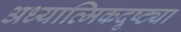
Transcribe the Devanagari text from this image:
अध्यात्मिकदृष्ट्या